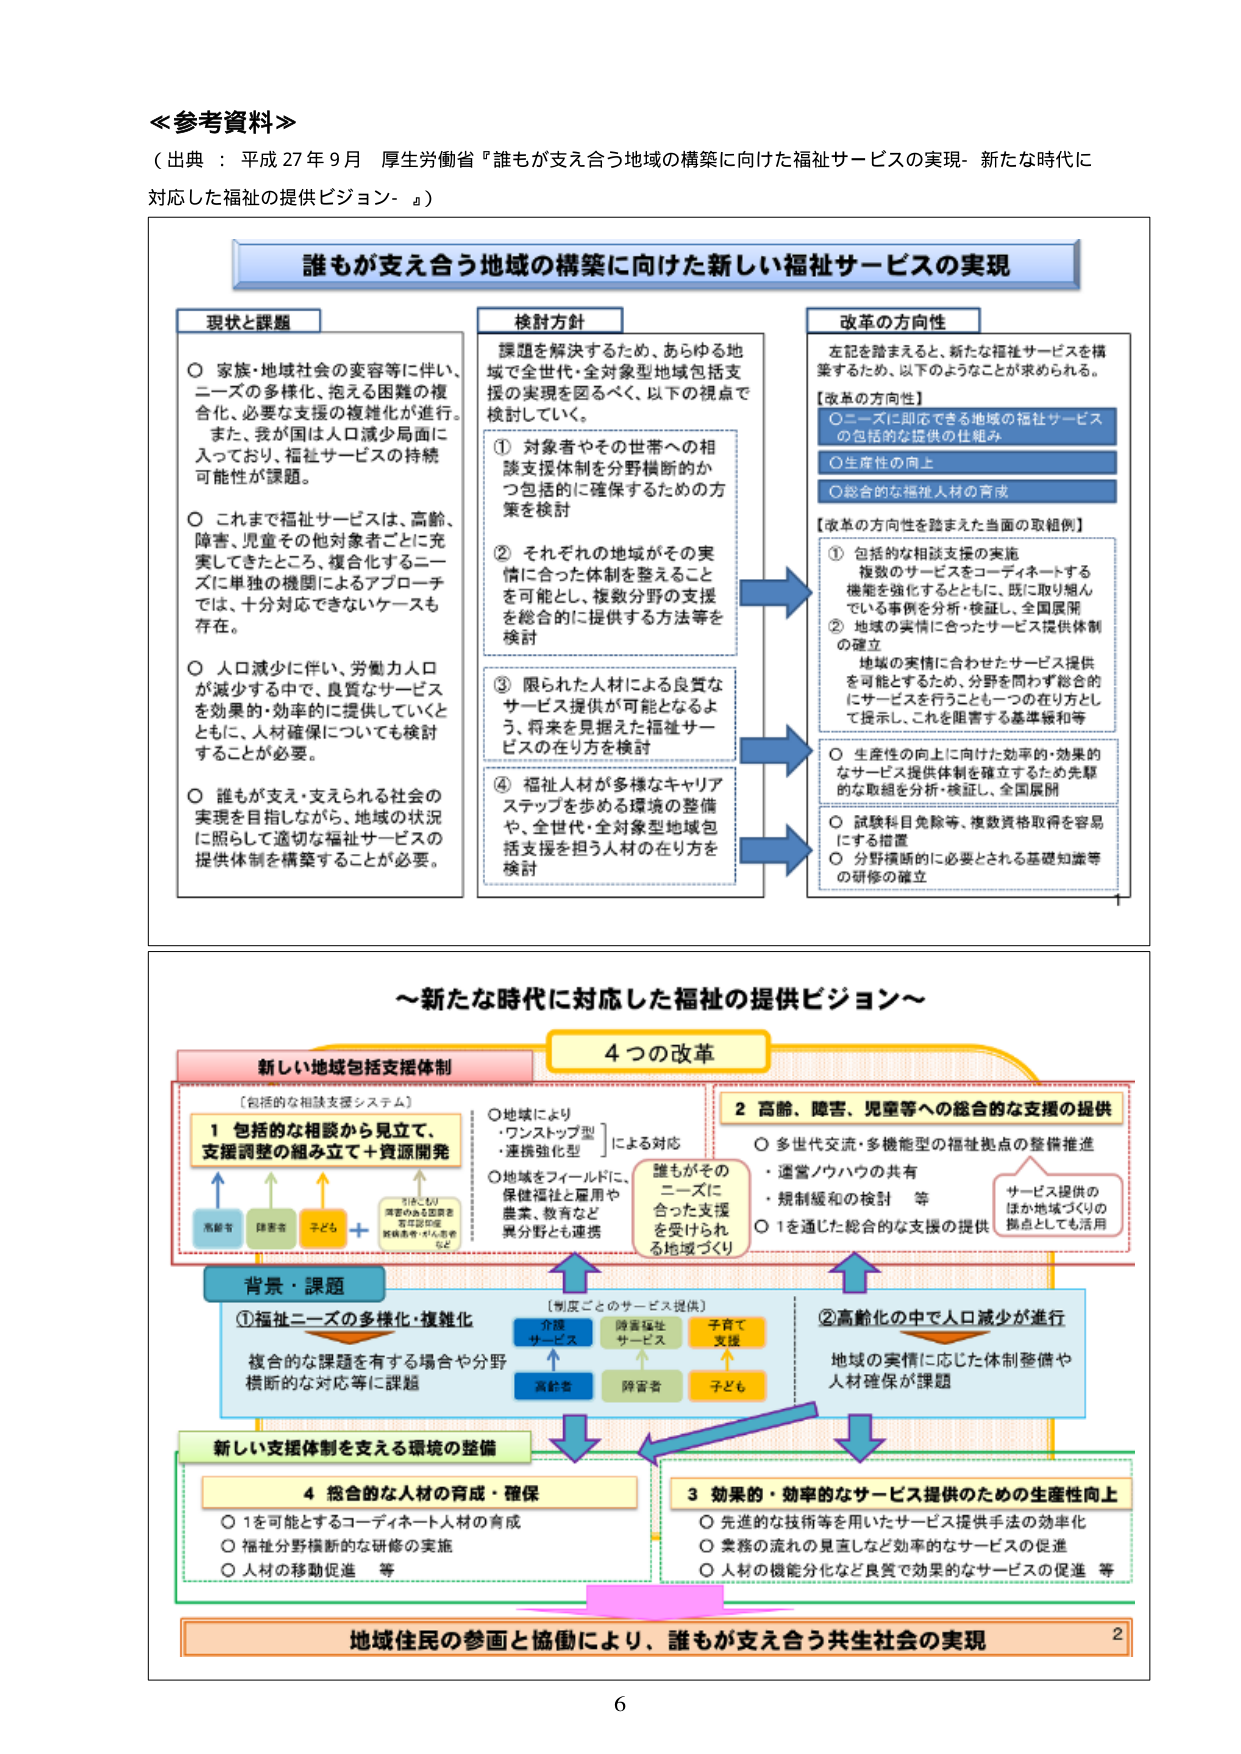
≪参考資料≫
（出典：平成27年9月 厚生労働省『誰もが支え合う地域の構築に向けた福祉サービスの実現-新たな時代に対応した福祉の提供ビジョン-』）

誰もが支え合う地域の構築に向けた新しい福祉サービスの実現

現状と課題
○ 家族・地域社会の変容等に伴い、ニーズの多様化、抱える困難の複合化、必要な支援の複雑化が進行。また、我が国は人口減少局面に入っており、福祉サービスの持続可能性が課題。
○ これまで福祉サービスは、高齢、障害、児童その他対象者ごとに充実してきたところ、複合化するニーズに単独の機関によるアプローチでは、十分対応できないケースも存在。
○ 人口減少に伴い、労働力人口が減少する中で、良質なサービスを効果的・効率的に提供していくとともに、人材確保についても検討することが必要。
○ 誰もが支え・支えられる社会の実現を目指しながら、地域の状況に照らして適切な福祉サービスの提供体制を構築することが必要。

検討方針
課題を解決するため、あらゆる地域で全世代・全対象型地域包括支援の実現を図るべく、以下の視点で検討していく。
① 対象者やその世帯への相談支援体制を分野横断的かつ包括的に確保するための方策を検討
② それぞれの地域がその実情に合った体制を整えることを可能とし、複数分野の支援を総合的に提供する方法等を検討
③ 限られた人材による良質なサービス提供が可能となるよう、将来を見据えた福祉サービスの在り方を検討
④ 福祉人材が多様なキャリアステップを歩める環境の整備や、全世代・全対象型地域包括支援を担う人材の在り方を検討

改革の方向性
左記を踏まえると、新たな福祉サービスを構築するため、以下のようなことが求められる。
【改革の方向性】
○ ニーズに即応できる地域の福祉サービスの包括的な提供の仕組み
○ 生産性の向上
○ 総合的な福祉人材の育成

【改革の方向性を踏まえた当面の取組例】
① 包括的な相談支援の実施
複数のサービスをコーディネートする機能を強化するとともに、既に取り組んでいる事例を分析・検証し、全国展開
② 地域の実情に合ったサービス提供体制の確立
地域の実情に合わせたサービス提供を可能とするため、分野を問わず総合的にサービスを行うことも一つの在り方として提示し、これを阻害する基準緩和等
○ 生産性の向上に向けた効率的・効果的なサービス提供体制を確立するため先駆的な取組を分析・検証し、全国展開
○ 試験科目免除等、複数資格取得を容易にする措置
○ 分野横断的に必要とされる基礎知識等の研修の確立

～新たな時代に対応した福祉の提供ビジョン～

新しい地域包括支援体制
〔包括的な相談支援システム〕
1 包括的な相談から見立て、支援調整の組み立て＋資源開発
高齢者 障害者 子ども
＋
（行政・NPO・民間の多様な支援者、専門職、地域住民、ボランティア等）
○ 地域により
・ワンストップ型
・連携強化型
による対応
○ 地域をフィールドに、保健福祉と雇用や農業、教育など異分野とも連携
誰もがそのニーズに合った支援を受けられる地域づくり

4つの改革

2 高齢、障害、児童等への総合的な支援の提供
○ 多世代交流・多機能型の福祉拠点の整備推進
・運営ノウハウの共有
・規制緩和の検討 等
○ 1を通じた総合的な支援の提供
サービス提供のほか地域づくりの拠点としても活用

背景・課題
① 福祉ニーズの多様化・複雑化
複合的な課題を有する場合や分野横断的な対応等に課題
② 高齢化の中で人口減少が進行
地域の実情に応じた体制整備や人材確保が課題

〔制度ごとのサービス提供〕
介護サービス 障害福祉サービス 子育て支援
高齢者 障害者 子ども

新しい支援体制を支える環境の整備

4 総合的な人材の育成・確保
○ 1を可能とするコーディネート人材の育成
○ 福祉分野横断的な研修の実施
○ 人材の移動促進 等

3 効果的・効率的なサービス提供のための生産性向上
○ 先進的な技術等を用いたサービス提供手法の効率化
○ 業務の流れの見直しなど効率的なサービスの促進
○ 人材の機能分化など良質で効果的なサービスの促進 等

地域住民の参画と協働により、誰もが支え合う共生社会の実現

6